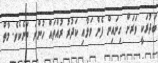
ބަދުރަކީ ވަރަށް ގިނައިން ފެން ވަޅާއި ކަދުރު ރުއްތައް ހުންނަ ތަނެކެވެ. މާތް